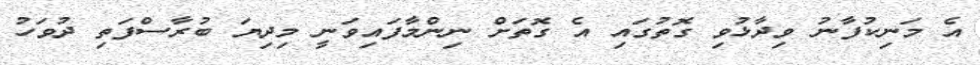
އެ މަނިކުފާނު ވިދާޅުވި ގޮތުގައި އެ ގޮތަށް ނިންމާފައިވަނީ މިދިޔަ ބުރާސްފަތި ދުވަހު